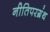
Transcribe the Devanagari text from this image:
नीतिपरग्रंथ